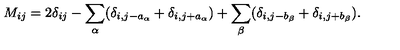
M _ { i j } = 2 \delta _ { i j } - \sum _ { \alpha } ( \delta _ { i , j - a _ { \alpha } } + \delta _ { i , j + a _ { \alpha } } ) + \sum _ { \beta } ( \delta _ { i , j - b _ { \beta } } + \delta _ { i , j + b _ { \beta } } ) .